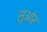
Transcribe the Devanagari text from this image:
सुओर